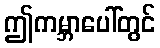
ဤကမ္ဘာပေါ်တွင်